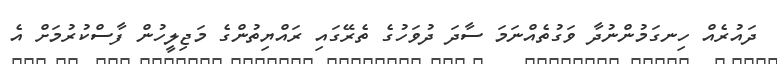
ދައުރެއް ހިނގަމުންނުދާ ވަގުތެއްނަމަ ސާދަ ދުވަހުގެ ތެރޭގައި ރައްޔިތުންގެ މަޖިލީހުން ފާސްކުރުމަށް އެ